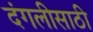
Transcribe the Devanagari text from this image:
दंगलीसाठी